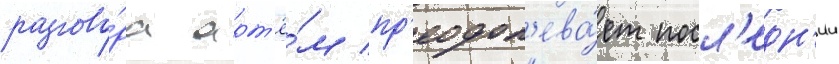
разгово́ра арт'ё́м пр'еодол'ева́ет посл'едн'ии